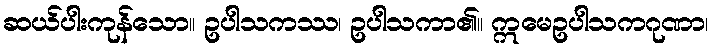
ဆယ်ပါးကုန်သော။ ဥပါသကဿ၊ ဥပါသကာ၏။ ဣမေဥပါသကဂုဏာ၊